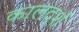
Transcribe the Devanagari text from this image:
कालदर्श